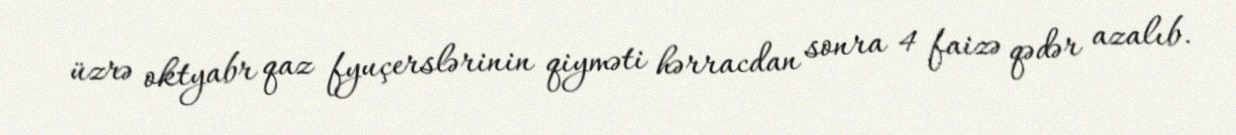
üzrə oktyabr qaz fyuçerslərinin qiyməti hərracdan sonra 4 faizə qədər azalıb.